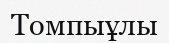
Томпыұлы